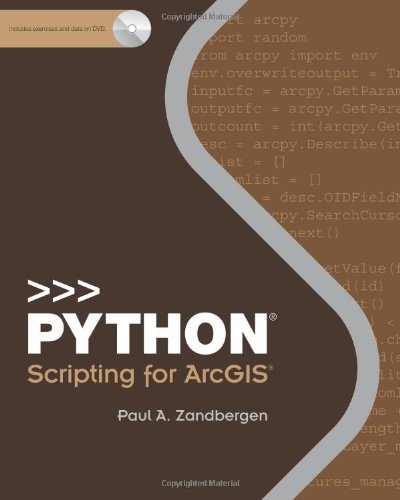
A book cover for Python Scripting for ArcGIS; Paul A. Zandbergen; Engineering & Transportation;